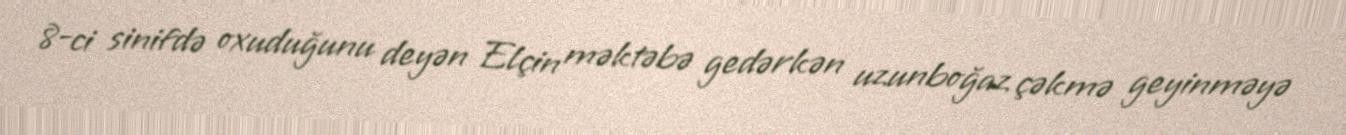
8-ci sinifdə oxuduğunu deyən Elçin məktəbə gedərkən uzunboğaz çəkmə geyinməyə